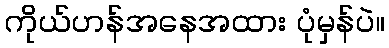
ကိုယ်ဟန်အနေအထား ပုံမှန်ပဲ။